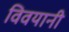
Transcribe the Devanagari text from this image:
विवयानी